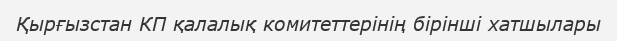
Қырғызстан КП қалалық комитеттерінің бірінші хатшылары